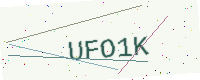
Text: UFO1K